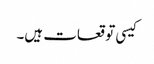
کیسی توقعات ہیں۔